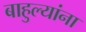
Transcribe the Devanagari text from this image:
बाहुल्यांना